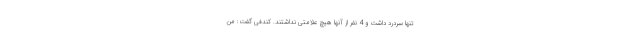
تنها سردرد داشت و 4 نفر از آنها هیچ علامتی نداشتند. کندفی گفت: من